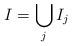
LaTeX: \begin{align*}I = \bigcup_j I_j\end{align*}